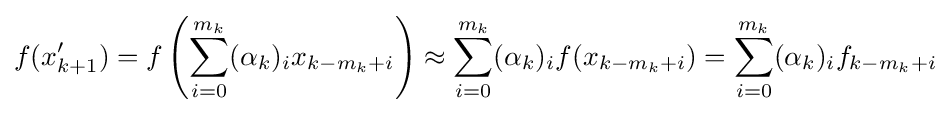
f(x'_{k+1})=f\left(\sum _{i=0}^{m_{k}}(\alpha _{k})_{i}x_{k-m_{k}+i}\right)\approx \sum _{i=0}^{m_{k}}(\alpha _{k})_{i}f(x_{k-m_{k}+i})=\sum _{i=0}^{m_{k}}(\alpha _{k})_{i}f_{k-m_{k}+i}